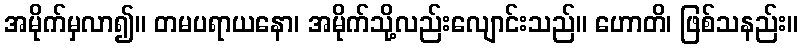
အမိုက်မှလာ၍။ တမပရာယနော၊ အမိုက်သို့လည်းလျောင်းသည်။ ဟောတိ၊ ဖြစ်သနည်း။